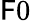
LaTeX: \mathsf{F}0